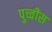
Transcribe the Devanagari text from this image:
पुच्चीस